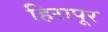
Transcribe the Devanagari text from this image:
हिरापूर